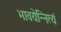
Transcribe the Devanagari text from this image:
भावयेन्नित्यं